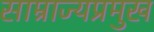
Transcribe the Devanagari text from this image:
साम्राज्यप्रमुख